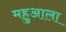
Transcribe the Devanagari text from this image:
महुआला